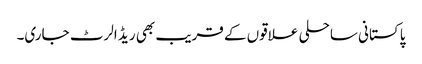
پاکستانی ساحلی علاقوں کے قریب بھی ریڈ الرٹ جاری۔